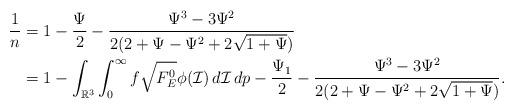
LaTeX: \begin{align*} \frac{1}{n}&=1-\frac{\Psi}{2}-\frac{\Psi^3-3\Psi^2}{2(2+\Psi-\Psi^2+2\sqrt{1+\Psi})}\cr &=1-\int_{\mathbb{R}^3}\int_0^\infty f\sqrt{F_E^0} \phi(\mathcal{I}) \,d\mathcal{I}\,dp-\frac{\Psi_1}{2}-\frac{\Psi^3-3\Psi^2}{2(2+\Psi-\Psi^2+2\sqrt{1+\Psi})}. \end{align*}